Indian journal of veterinary science and animal husbandry - Volumes 15-17, 1948-1951
Year: 1948
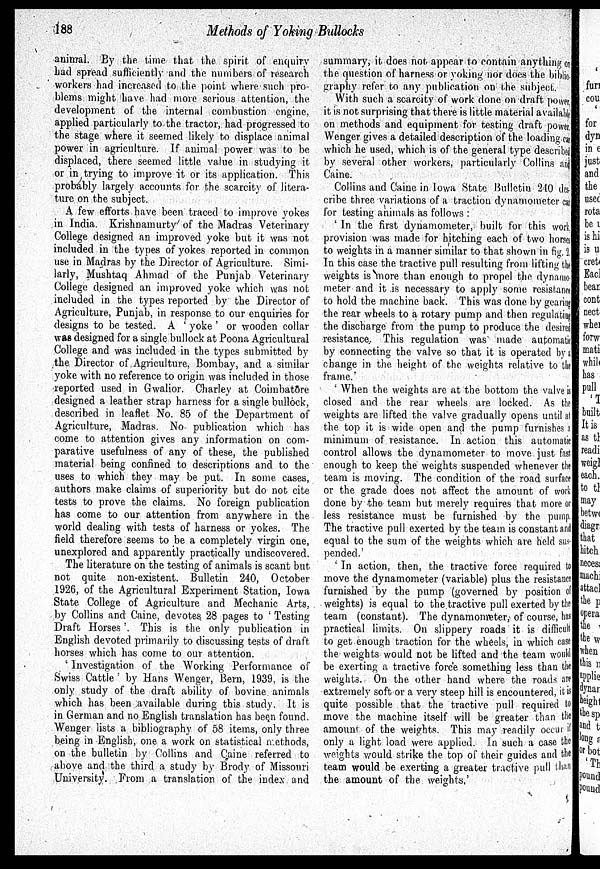
188
Methods of Yoking Bullocks
animal. By the time that the spirit of enquiry
had spread sufficiently and the numbers of research
workers had increased to the point where such pro-
blems might have had more serious attention, the
development of the internal combustion engine,
applied particularly to the tractor, had progressed to
the stage where it seemed likely to displace animal
power in agriculture. If animal power was to be
displaced, there seemed little value in studying it
or in trying to improve it or its application. This
probably largely accounts for the scarcity of litera-
ture on the subject.
A few efforts have been traced to improve yokes
in India. Krishnamurty of the Madras Veterinary
College designed an improved yoke but it was not
included in the types of yokes reported in common
use in Madras by the Director of Agriculture. Simi-
larly, Mushtaq Ahmad of the Punjab Veterinary
College designed an improved yoke which was not
included in the types reported by the Director of
Agriculture, Punjab, in response to our enquiries for
designs to be tested. A 'yoke' or wooden collar
was designed for a single bullock at Poona Agricultural
College and was included in the types submitted by
the Director of Agriculture, Bombay, and a similar
yoke with no reference to origin was included in those
reported used in Gwalior. Charley at Coimbatore
designed a leather strap harness for a single bullock,
described in leaflet No. 85 of the Department of
Agriculture, Madras. No publication which has
come to attention gives any information on com-
parative usefulness of any of these, the published
material being confined to descriptions and to the
uses to which they may be put. In some cases,
authors make claims of superiority but do not cite
tests to prove the claims. No foreign publication
has come to our attention from anywhere in the
world dealing with tests of harness or yokes. The
field therefore seems to be a completely virgin one,
unexplored and apparently practically undiscovered.
The literature on the testing of animals is scant but
not quite non-existent. Bulletin 240, October
1926, of the Agricultural Experiment Station, Iowa
State College of Agriculture and Mechanic Arts,
by Collins and Caine, devotes 28 pages to 'Testing
Draft Horses'. This is the only publication in
English devoted primarily to discussing tests of draft
horses which has come to our attention.
'Investigation of the Working Performance of
Swiss Cattle' by Hans Wenger, Bern, 1939, is the
only study of the draft ability of bovine animals
which has been available during this study. It is
in German and no English translation has been found.
Wenger lists a bibliography of 58 items, only three
being in English, one a work on statistical methods,
on the bulletin by Collins and Caine referred to
above and the third a study by Brody of Missouri
University. From a translation of the index and
summary, it does not appear to contain anything on
the question of harness or yoking nor does the biblio-
graphy refer to any publication on the subject.
With such a scarcity of work done on draft power,
it is not surprising that there is little material available
on methods and equipment for testing draft power.
Wenger gives a detailed description of the loading car
which he used, which is of the general type described
by several other workers, particularly Collins and
Caine.
Collins and Caine in Iowa State Bulletin 210 des-
cribe three variations of a traction dynamometer car
for testing animals as follows :
'In the first dynamometer, built for this work
provision was made for hitching each of two horses
to weights in a manner similar to that shown in fig, 2,
In this case the tractive pull resulting from lifting the
weights is more than enough to propel the dynamo-
meter and it is necessary to apply some resistance
to hold the machine back. This was done by gearing
the rear wheels to a rotary pump and then regulating
the discharge from the pump to produce the desired
resistance. This regulation was made automatic
by connecting the valve so that it is operated by a
change in the height of the weights relative to the
frame.'
'When the weights are at the bottom the valve is
closed and the rear wheels are locked. As the
weights are lifted the valve gradually opens until at
the top it is wide open and the pump furnishes a
minimum of resistance. In action this automatic
control allows the dynamometer to move just fast
enough to keep the weights suspended whenever the
team is moving. The condition of the road surface
or the grade does not affect the amount of work
done by the team but merely requires that more or
less resistance must be furnished by the pump.
The tractive pull exerted by the team is constant and
equal to the sum of the weights which are held sus-
pended.'
'In action, then, the tractive force required to
move the dynamometer (variable) plus the resistance
furnished by the pump (governed by position of
weights) is equal to the tractive pull exerted by the
team (constant). The dynamometer, of course, has
practical limits. On slippery roads it is difficult
to get enough traction for the wheels, in which case
the weights would not be lifted and the team would
be exerting a tractive force something less than the
weights. On the other hand where the roads are
extremely soft or a very steep hill is encountered, it is
quite possible that the tractive pull required to
move the machine itself will be greater than the
amount of the weights. This may readily occur i f
only a light load were applied. In such a case the
weights would strike the top of their guides and the
team would be exerting a greater tractive pull than
the amount of the weights.'